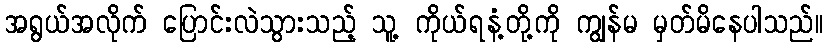
အရွယ်အလိုက် ပြောင်းလဲသွားသည့် သူ့ ကိုယ်ရနံ့တို့ကို ကျွန်မ မှတ်မိနေပါသည်။